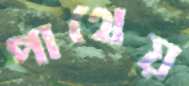
পাথেয়